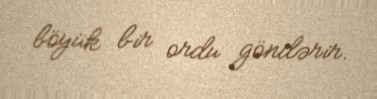
böyük bir ordu göndərir.